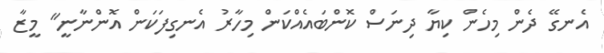
އެނގޭ ދެން މިހެން ކިޔާ ދިނަސް ކޮންބައެއްކަން މިހާރު އެނގިފަކަން އޮންނާނީ" މީޒާ